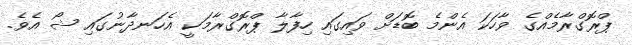
ޕްރޮގްރާމެއްގެ ވާހަކަ އެންމެ ބޮޑަށް ވައިގައި ހިފާލާ ޕްރޮގްރާމަކީ އެހަނދާނުގައި ޝޯ އެވެ.